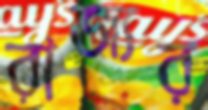
রাজ্যর